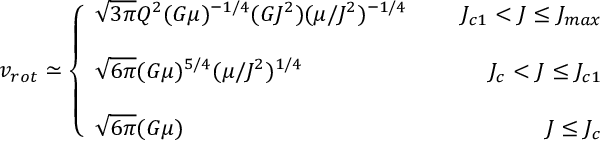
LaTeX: v _ { r o t } \simeq \left\{ \begin{array} { l r } { { \sqrt { 3 \pi } Q ^ { 2 } ( G \mu ) ^ { - 1 / 4 } ( G J ^ { 2 } ) ( \mu / J ^ { 2 } ) ^ { - 1 / 4 } } } & { { \; \; \; \; \; J _ { c 1 } < J \leq J _ { m a x } } } \\ { { } } & { { } } \\ { { \sqrt { 6 \pi } ( G \mu ) ^ { 5 / 4 } ( \mu / J ^ { 2 } ) ^ { 1 / 4 } } } & { { \; \; \; \; \; J _ { c } < J \leq J _ { c 1 } } } \\ { { } } & { { } } \\ { { \sqrt { 6 \pi } ( G \mu ) } } & { { \; \; \; \; \; J \leq J _ { c } } } \end{array} \right.